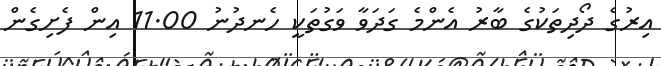
އިރުގެ ދޯދިތަކުގެ ބާރު އެންމެ ގަދަވާ ވަގުތަކީ ހެނދުނު 11.00 އިން ފެށިގެން